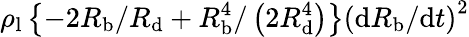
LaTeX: \rho_{\mathrm{l}}\left\{ -2R_{\mathrm{b}}/R_{\mathrm{d}}+R_{\mathrm{b}}^{4}/\left(2R_{\mathrm{d}}^{4}\right)\right\} \left(\mathrm{d}R_{\mathrm{b}}/\mathrm{d}t\right)^{2}